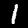
Label: 1